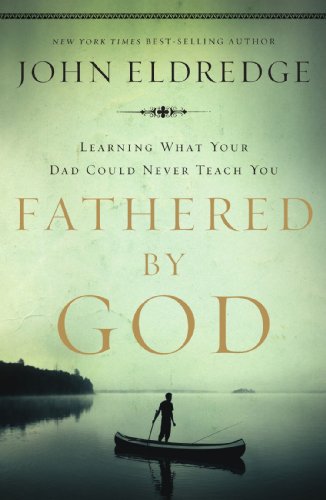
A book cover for Fathered by God: Learning What Your Dad Could Never Teach You; John Eldredge; Christian Books & Bibles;